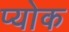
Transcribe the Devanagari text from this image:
प्योक